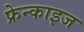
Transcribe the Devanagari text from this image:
फ्रेन्‍काइज